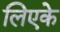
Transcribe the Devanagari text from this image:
लिएके